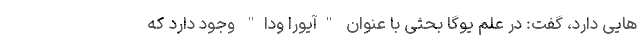
هایی دارد، گفت: در علم یوگا بحثی با عنوان "آیورا ودا" وجود دارد که